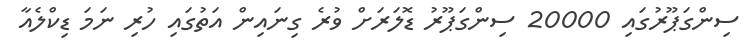
ސިންގަޕޫރުގައި 20000 ސިންގަޕޫރު ޑޮލަރަށް ވުރެ ގިނައިން އަތުގައި ހުރި ނަމަ ޑިކްލެއާ